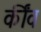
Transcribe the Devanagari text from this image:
कींव